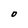
Character: 0